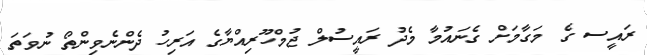
ރައީސ ގެ މަގާމަށް ގެނައުމާ މެދު ރައީސުލް ޖުމްހޫރިއްޔާގެ އަރިހު ދެންނެވިންތޯ ނުވަތަ